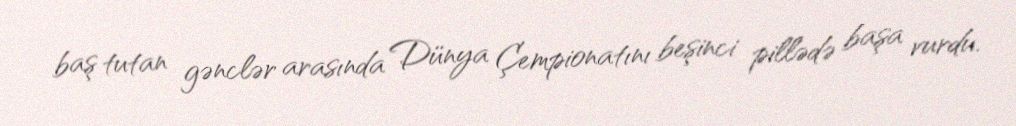
baş tutan gənclər arasında Dünya Çempionatını beşinci pillədə başa vurdu.